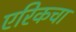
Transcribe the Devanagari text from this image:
एरिकचा